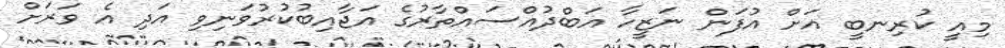
މިއީ ކުރިނބީ އަށް އުފަން ނަޒީހާ އަބްދުއްސައްތާރުގެ އަޖާއިބުކުރުވަނިވި އަދި އެ ވަރަށް